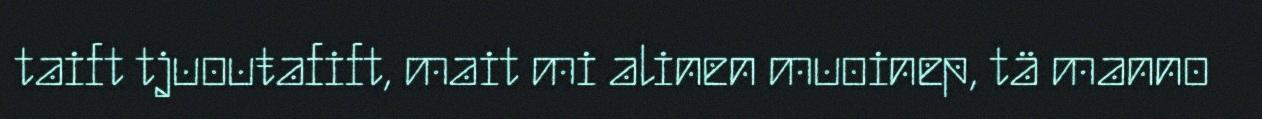
taift tjuouŧafift, mait mi alinen muoinep, tä manno